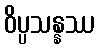
ဝိပ္ပသန္နဿ